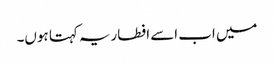
میں اب اسے افطاریہ کہتا ہوں۔